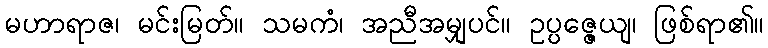
မဟာရာဇ၊ မင်းမြတ်။ သမကံ၊ အညီအမျှပင်။ ဥပ္ပဇ္ဇေယျ၊ ဖြစ်ရာ၏။